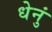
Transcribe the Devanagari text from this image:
धेनुं